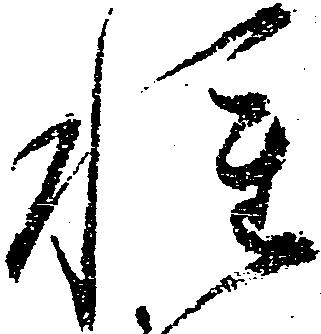
種